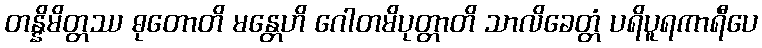
တန္နိမိတ္တဿ ဓုတောတိ မန္တေဟိ ဂေါတမိပုတ္တာတိ သာလိခေတ္တံ ပရိပူရကာရီပေ